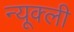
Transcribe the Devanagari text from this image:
न्यूक्ली